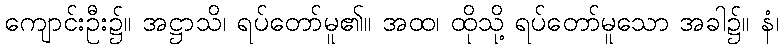
ကျောင်းဦး၌။ အဋ္ဌာသိ၊ ရပ်တော်မူ၏။ အထ၊ ထိုသို့ ရပ်တော်မူသော အခါ၌။ နံ၊